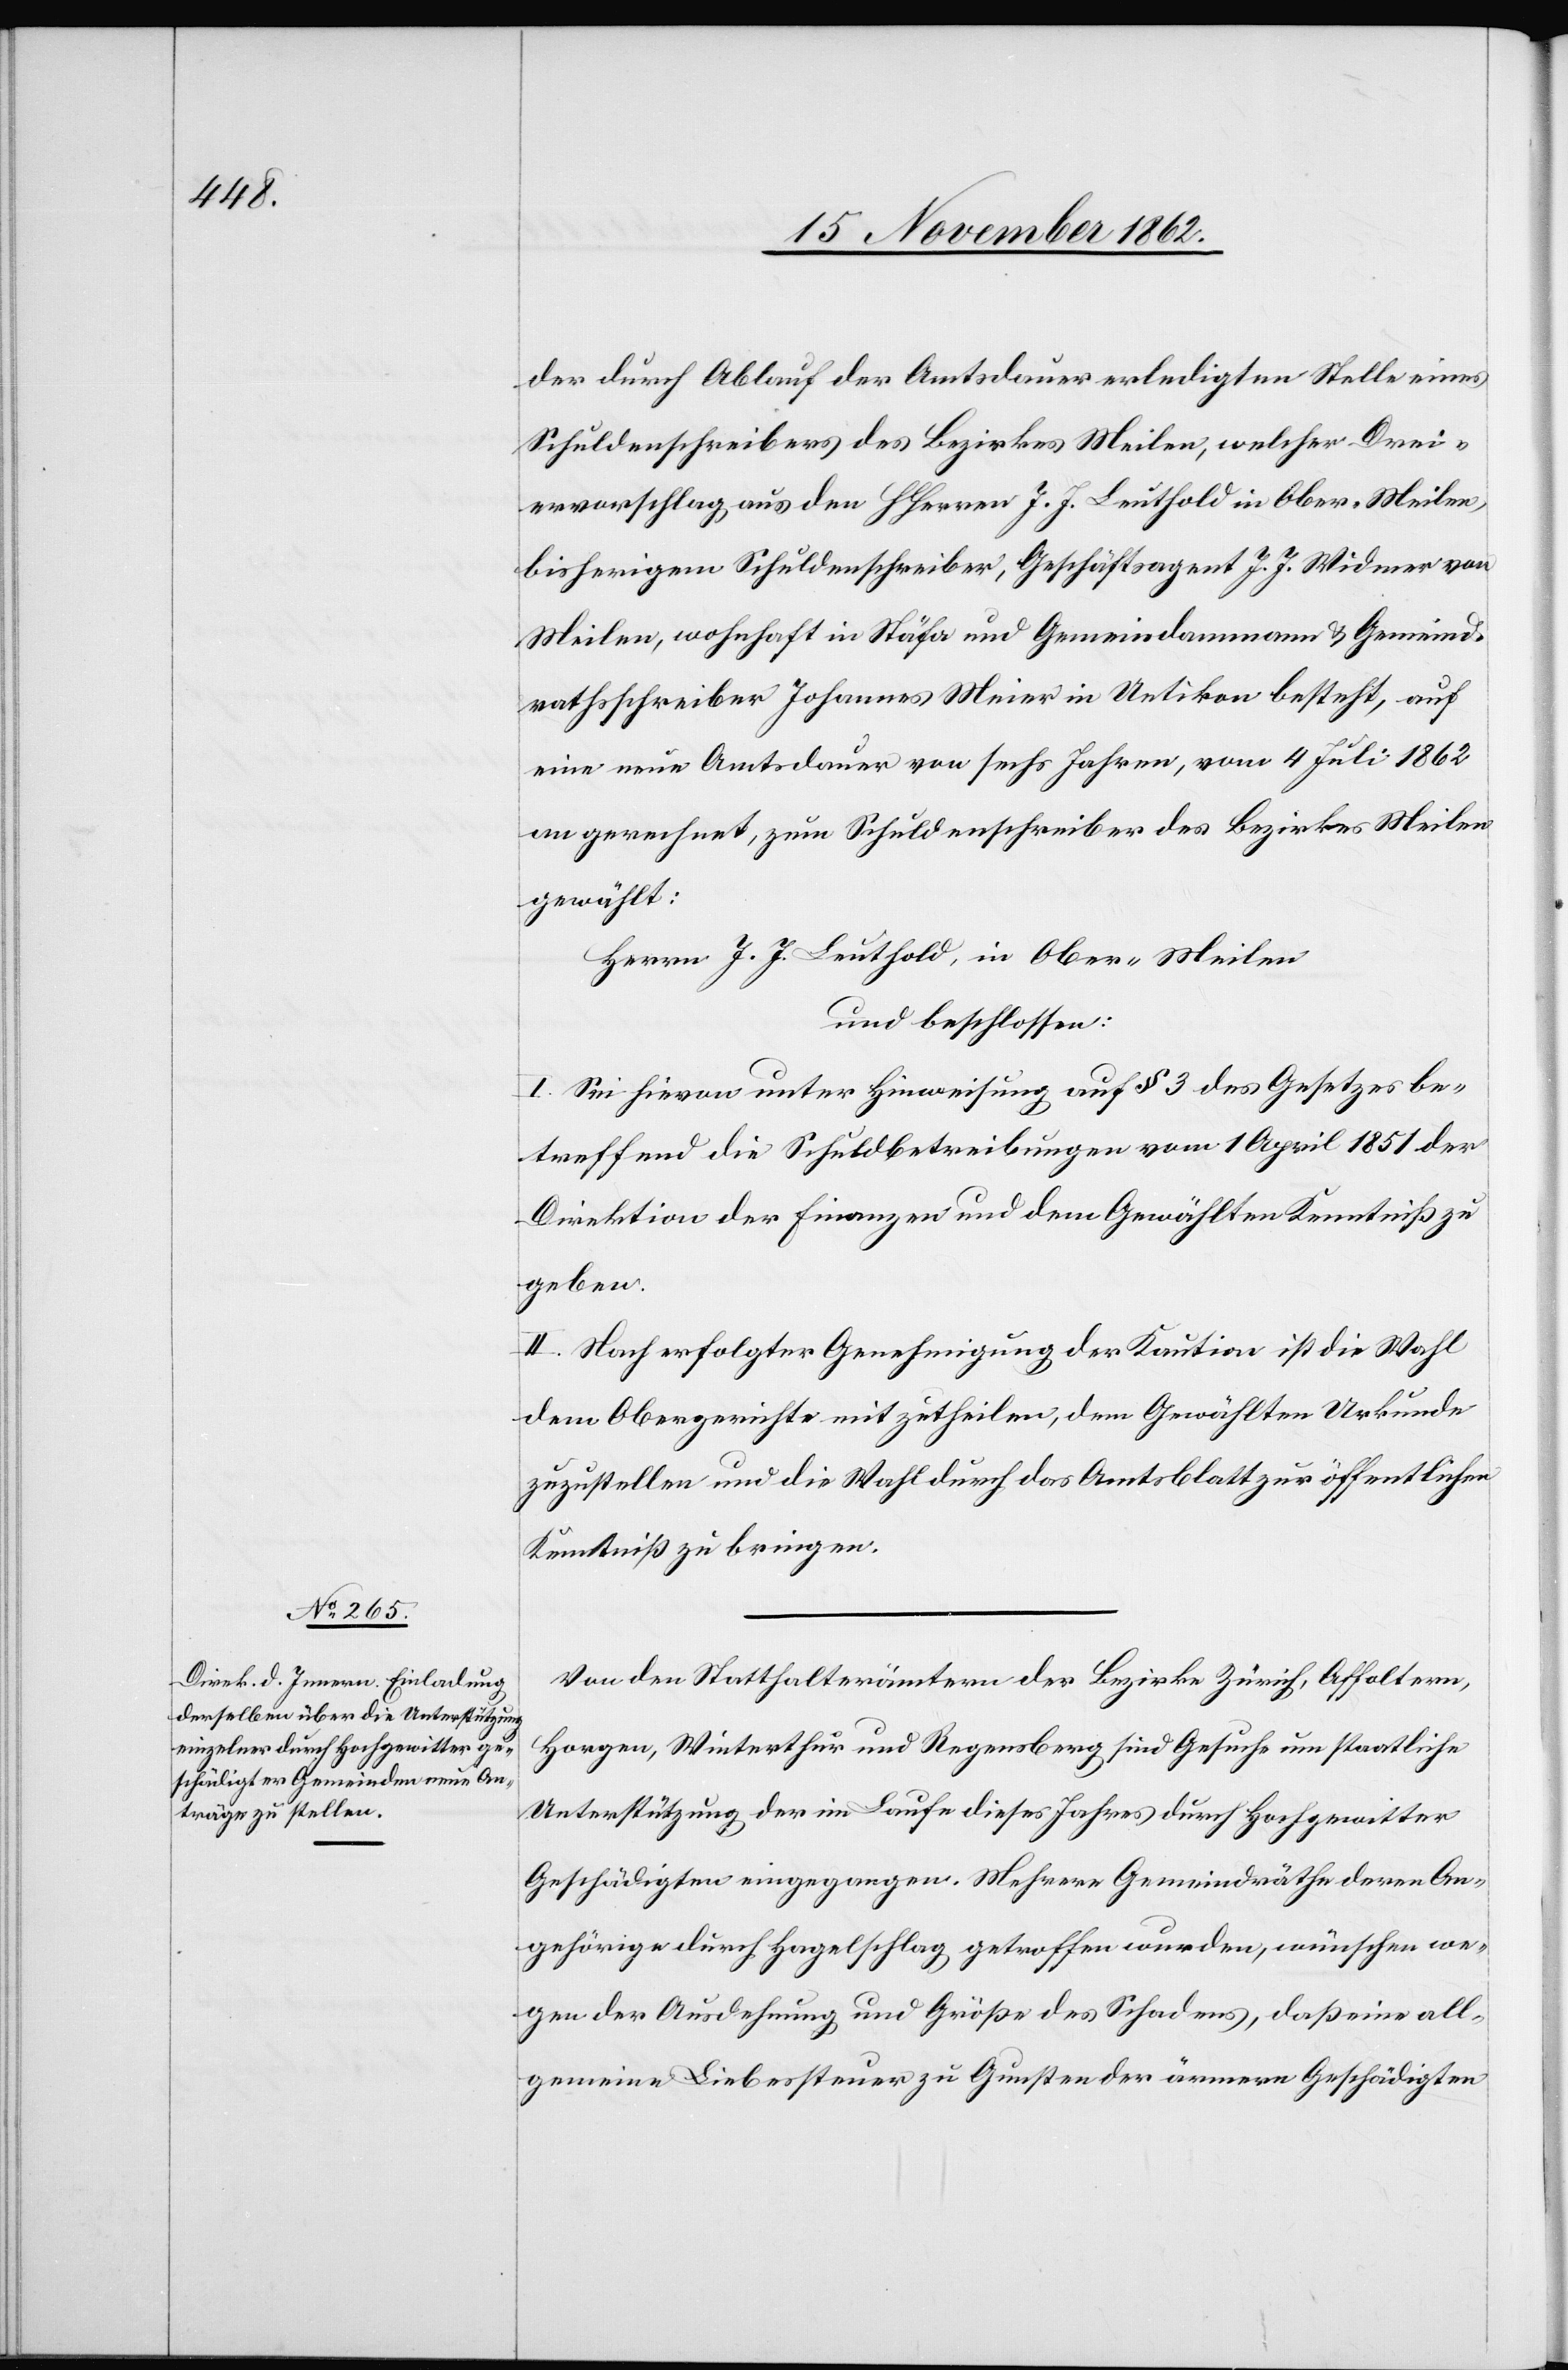
der durch Ablauf der Amtsdauer erledigten Stelle eines
Schuldenschreibers des Bezirkes Meilen, welcher Drei¬
ervorschlag aus den HHerren J. J. Leuthold in Ober-Meilen,
bisherigem Schuldenschreiber, Geschäftsagent J. J. Widmer von
Meilen, wohnhaft in Stäfa und Gemeindammann u. Gemeind¬
rathsschreiber Johannes Meier in Uetikon besteht, auf
eine neue Amtsdauer von sechs Jahren, vom 4. Juli 1862
an gerechnet, zum Schuldenschreiber des Bezirkes Meilen
gewählt:
Herrn J. J. Leuthold, in Ober-Meilen
und beschlossen:
I. Sei hievon unter Hinweisung auf § 3 des Gesetzes be¬
treffend die Schuldbetreibungen vom 1. April 1851 der
Direktion der Finanzen und dem Gewählten Kenntniß zu
geben.
II. Nach erfolgter Genehmigung der Kaution ist die Wahl
dem Obergerichte mitzutheilen, dem Gewählten Urkunde
zuzustellen und die Wahl durch das Amtsblatt zur öffentlichen
Kenntniß zu bringen.
Von den Statthalterämtern der Bezirke Zürich, Affoltern,
Horgen, Winterthur und Regensberg sind Gesuche um staatliche
Unterstützung der im Laufe dieses Jahres durch Hochgewitter
Geschädigten eingegangen. Mehrere Gemeindräthe deren An¬
gehörige durch Hagelschlag getroffen wurden, wünschen we¬
gen der Ausdehnung und Größe des Schadens, daß eine all¬
gemeine Liebessteuer zu Gunsten der ärmern Geschädigten